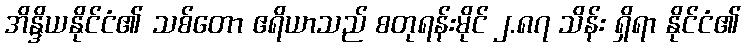
အိန္ဒိယနိုင်ငံ၏ သစ်တော ဧရိယာသည် စတုရန်းမိုင် ၂.၈၇ သိန်း ရှိရာ နိုင်ငံ၏